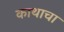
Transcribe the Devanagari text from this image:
काथाचा